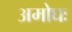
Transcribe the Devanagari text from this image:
अमोघः